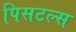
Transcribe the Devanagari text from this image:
पिसटल्स